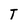
Character: T